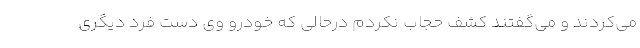
می‌کردند و می‌گفتند کشف حجاب نکردم درحالی که خودرو وی دست فرد دیگری